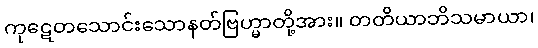
ကုဋေတသောင်းသောနတ်ဗြဟ္မာတို့အား။ တတိယာဘိသမာယာ၊